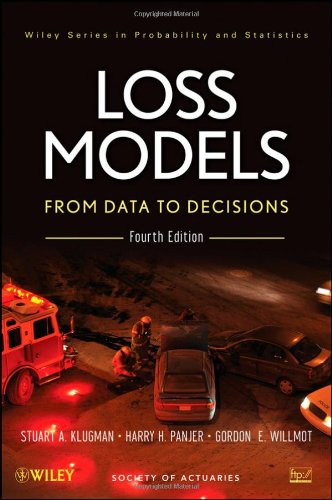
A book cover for Loss Models: From Data to Decisions; Stuart A. Klugman; Business & Money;